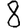
Digit: 8